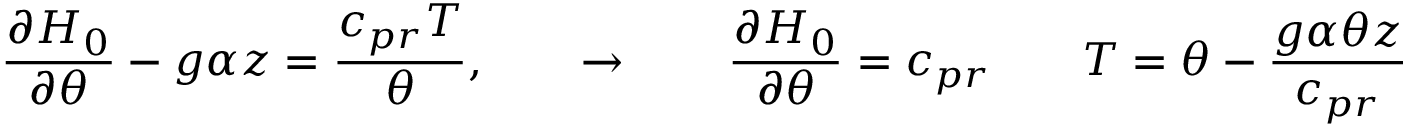
\frac { \partial { \cal H } _ { 0 } } { \partial \theta } - g \alpha z = \frac { c _ { p r } T } { \theta } , \qquad \rightarrow \qquad \frac { \partial { \cal H } _ { 0 } } { \partial \theta } = c _ { p r } \qquad T = \theta - \frac { g \alpha \theta z } { c _ { p r } }